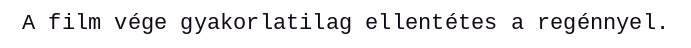
A film vége gyakorlatilag ellentétes a regénnyel.